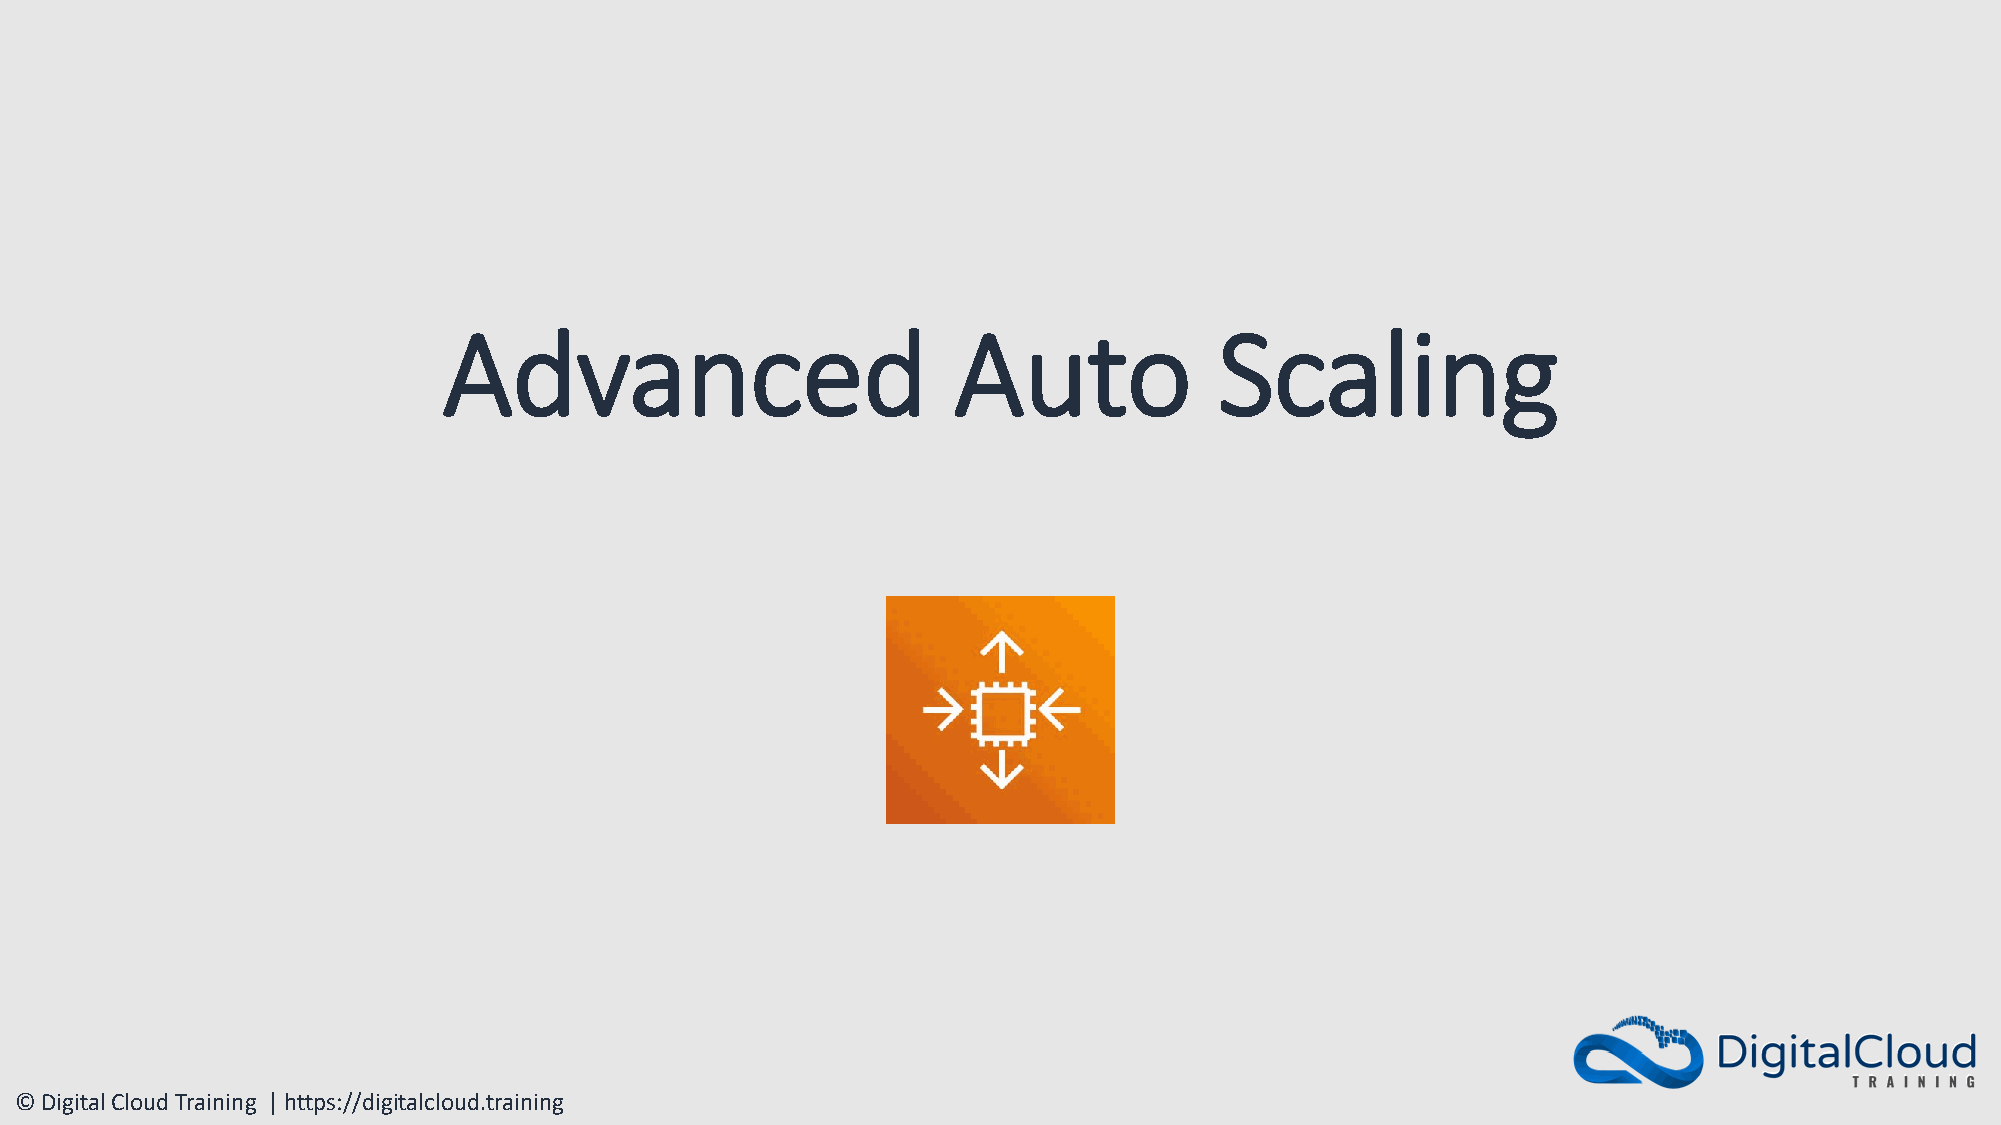
Advanced                          Auto              Scaling
 © Digital Cloud Training | https://digitalcloud.training